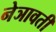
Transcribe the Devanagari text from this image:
नेञावती